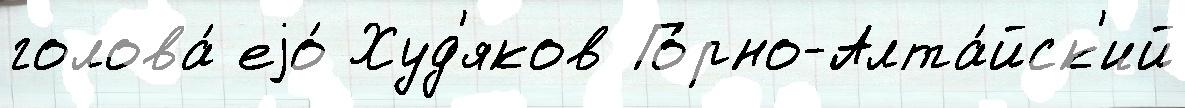
голова́ еjо́ Худ'яков Го́рно-Алта́йск'ий